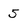
Character: 5